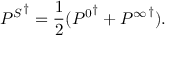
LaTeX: { P ^ { S } } ^ { \dagger } = \frac { 1 } { 2 } ( { P ^ { 0 } } ^ { \dagger } + { P ^ { \infty } } ^ { \dagger } ) .